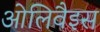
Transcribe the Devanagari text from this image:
ओलिवैइस